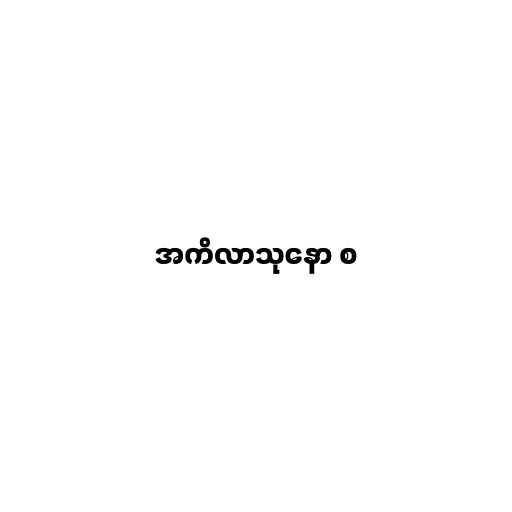
အကိလာသုနော စ